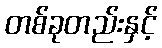
တစ်ခုတည်းနှင့်